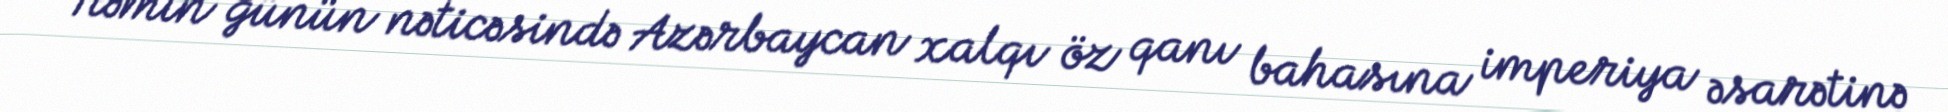
Həmin günün nəticəsində Azərbaycan xalqı öz qanı bahasına imperiya əsarətinə